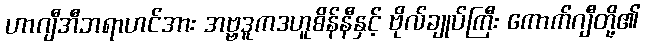
ဟာဂျီအီဘရာဟင်အား အဗ္ဗဒူကဒဟူစိန်နီနှင့် ဗိုလ်ချုပ်ကြီး ကောက်ဂျီတို့၏